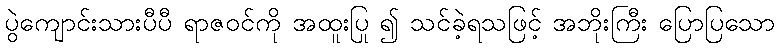
ပွဲကျောင်းသားပီပီ ရာဇဝင်ကို အထူးပြု ၍ သင်ခဲ့ရသဖြင့် အဘိုးကြီး ပြောပြသော